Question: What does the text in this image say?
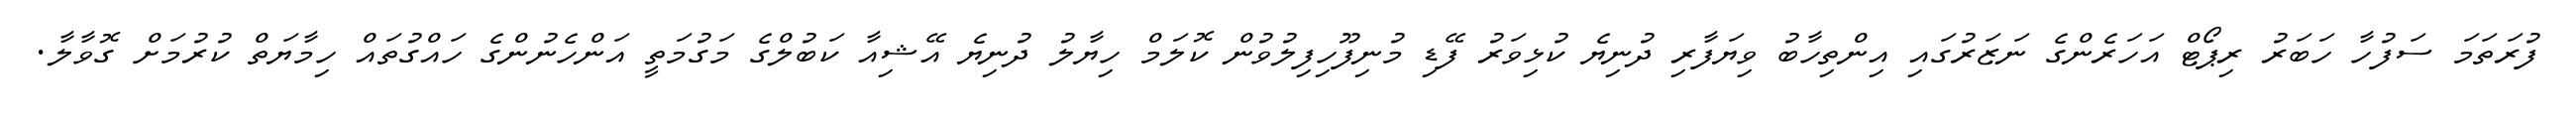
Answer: ފުރަތަމަ ސަފުހާ ހަބަރު ރިޕޯޓް އަހަރެންގެ ނަޒަރުގައި އިންތިހާބު ވިޔަފާރި ދުނިޔެ ކުޅިވަރު ފޭޑި މުނިފޫހިފިލުވުން ކޮލަމް ހިޔާލު ދުނިޔެ އޭޝިއާ ކަބުލްގެ މަގުމަތީ އަންހެނުންގެ ހައްގުތައް ހިމާޔަތް ކުރުމަށް ގޮވާލާ.